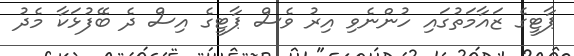
ޕާޓީގެ ޒައާމަތުގައި ހުންނެވި އިރު ވެސް ޕާޓީގެ އިސް ދެ ބޭފުޅަކާ މެދު